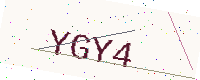
Text: YGY4